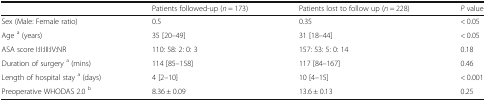
|  | Patients followed-up (n = 173) | Patients lost to follow up (n = 228) | P value |
 | --- | --- | --- | --- |
 | Sex (Male: Female ratio) | 0.5 | 0.35 | < 0.05 |
 | Age a (years) | 35 [20–49] | 31 [18–44] | < 0.05 |
 | ASA score I:II:III:IV:NR | 110: 58: 2: 0: 3 | 157: 53: 5: 0: 14 | 0.18 |
 | Duration of surgery a (mins) | 114 [85–158] | 117 [84–167] | 0.46 |
 | Length of hospital stay a (days) | 4 [2–10] | 10 [4–15] | < 0.001 |
 | Preoperative WHODAS 2.0 b | 8.36 ± 0.09 | 13.6 ± 0.13 | 0.25 |